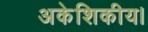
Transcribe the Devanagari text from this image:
अकेशिकीय।